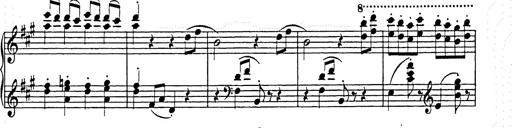
Title: Hungarian Rhapsody No.15
Composer: Franz Liszt
Key: A minor